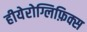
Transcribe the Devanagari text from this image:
हीयेरोग्लिफ़िक्स